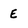
Character: E